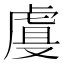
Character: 𰲡